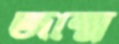
জন্মে